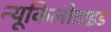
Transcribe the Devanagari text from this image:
न्यूकिलोटाइड